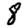
Digit: 8